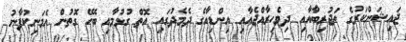
ޖައިޝަންކަރުގެ ތަޖުރިބާއާއި ދިވެހިރާއްޖެއާއި އިންޑިއާގެ ދެމެދުގައި އޮތް ގުޅުމާއި ބެހޭ ގޮތުން އެމަނިކުފާނު